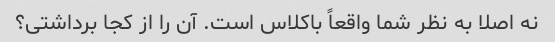
نه اصلا به نظر شما واقعاً باکلاس است. آن را از کجا برداشتی؟